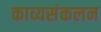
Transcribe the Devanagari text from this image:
काव्यसंकलन